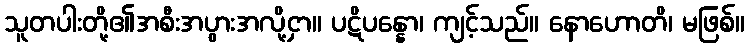
သူတပါးတို့၏အစီးအပွားအလို့ငှာ။ ပဋိပန္နော၊ ကျင့်သည်။ နောဟောတိ၊ မဖြစ်။